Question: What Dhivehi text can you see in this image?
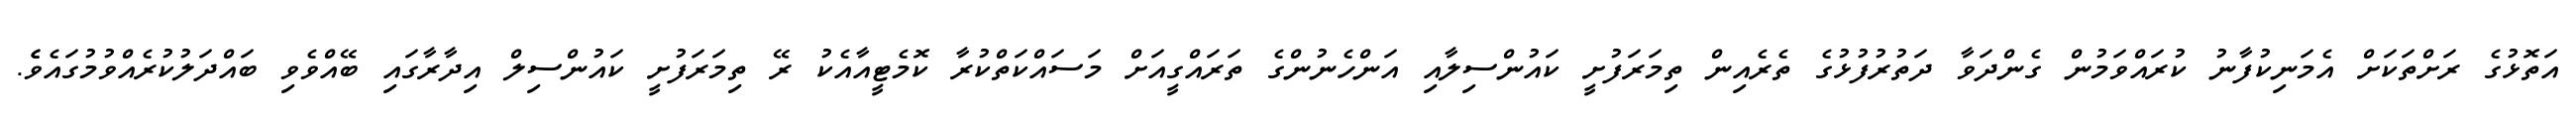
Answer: އަތޮޅުގެ ރަށްތަކަށް އެމަނިކުފާނު ކުރައްވަމުން ގެންދަވާ ދަތުރުފުޅުގެ ތެރެއިން ތިމަރަފުށީ ކައުންސިލާއި އަންހެނުންގެ ތަރައްގީއަށް މަސައްކަތްކުރާ ކޮމެޓީއާއެކު ރޭ ތިމަރަފުށީ ކައުންސިލް އިދާރާގައި ބޭއްވެވި ބައްދަލުކުރެއްވުމުގައެވެެ.